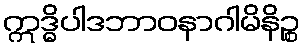
ဣဒ္ဓိပါဒဘာဝနာဂါမိနိဉ္စ